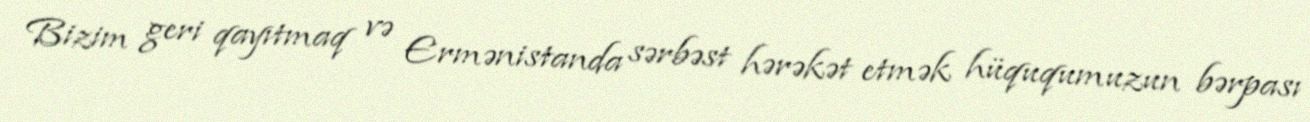
Bizim geri qayıtmaq və Ermənistanda sərbəst hərəkət etmək hüququmuzun bərpası